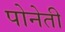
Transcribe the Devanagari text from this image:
पोनेती